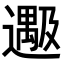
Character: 𬩔